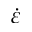
\dot { \varepsilon }